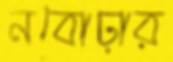
নবোঢ়ার